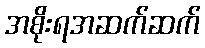
အစိုးရအဆက်ဆက်